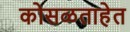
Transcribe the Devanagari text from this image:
कोसळताहेत